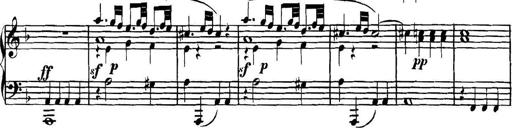
Title: Collected Piano Sonatas
Composer: Muzio Clementi